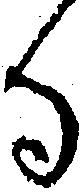
る